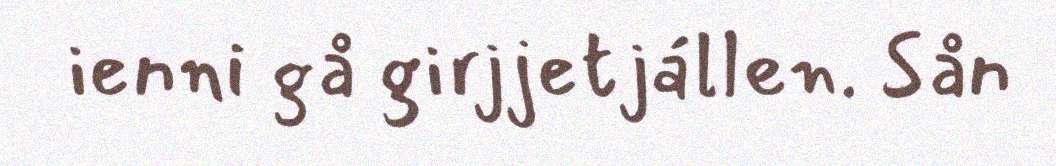
ienni gå girjjetjállen. Sån